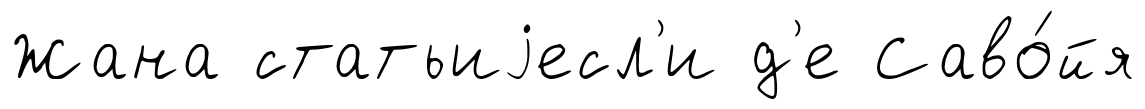
Жана статьиjесл'и д'е Саво́йя